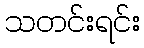
သတင်းရင်း